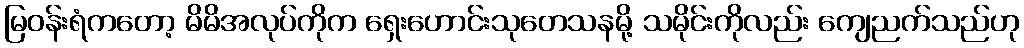
မြဝန်းရံကတော့ မိမိအလုပ်ကိုက ရှေးဟောင်းသုတေသနမို့ သမိုင်းကိုလည်း ကျေညက်သည်ဟု